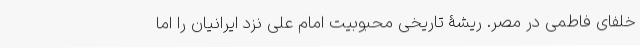
خلفای فاطمی در مصر. ریشۀ تاریخی محبوبیت امام علی نزد ایرانیان را اما